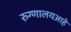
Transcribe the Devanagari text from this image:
रुग्णालयआहे